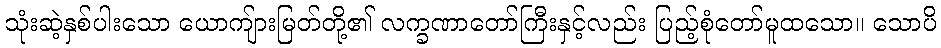
သုံးဆဲ့နှစ်ပါးသော ယောကျ်ားမြတ်တို့၏ လက္ခဏာတော်ကြီးနှင့်လည်း ပြည့်စုံတော်မူထသော။ သောပိ